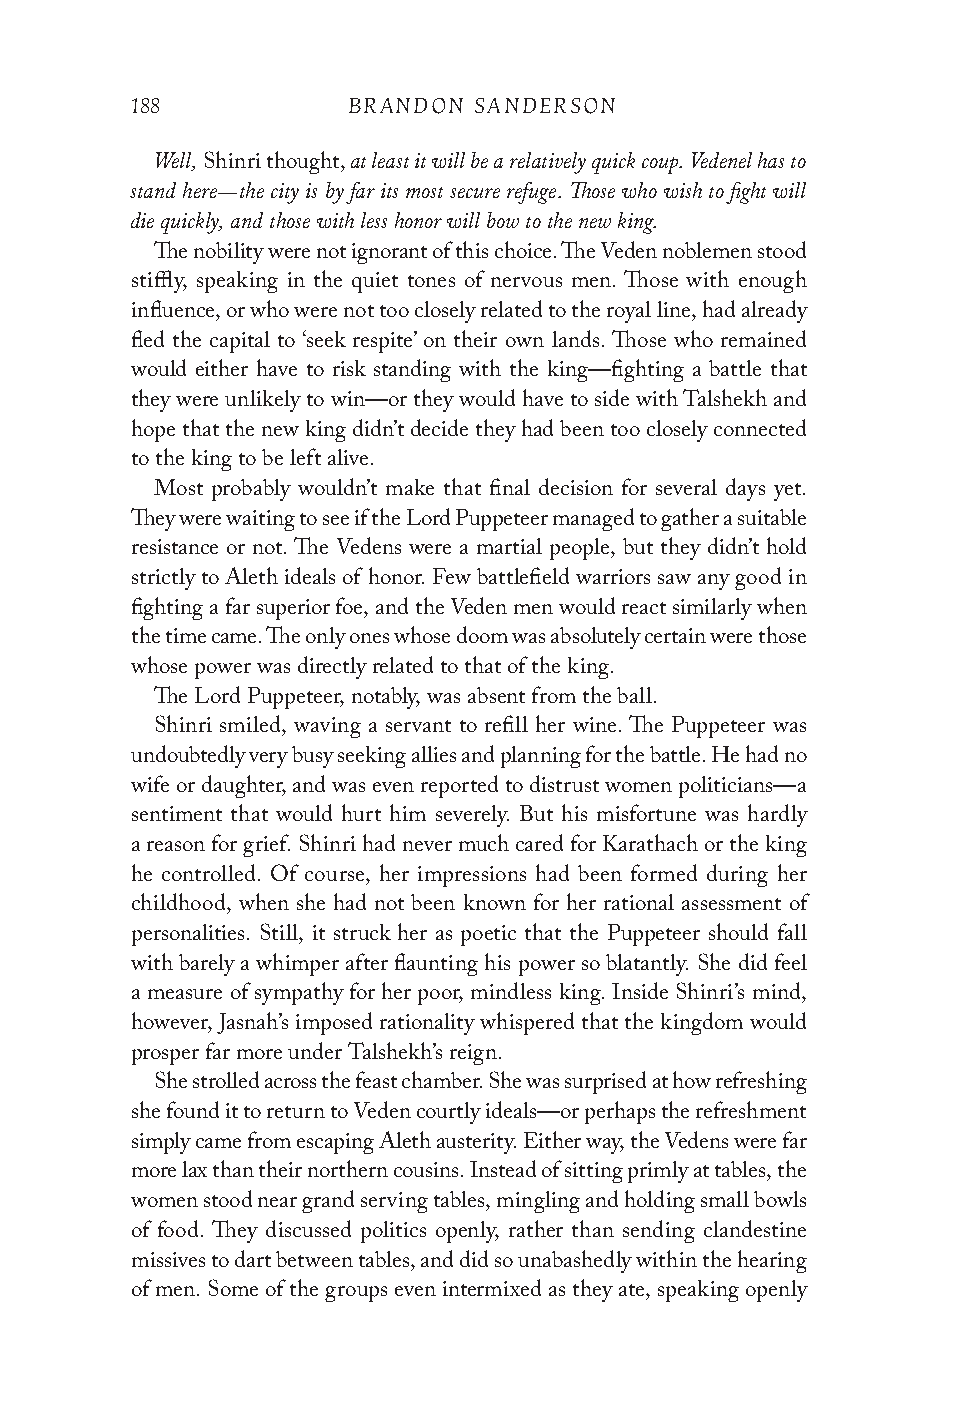
188           BRANDON SANDERSON
 Well,        at least it will be a relatively quick coup. Vedenel has to
 Shinri thought,
 stand here—the city is by far its most secure refuge. Those who wish to fight will
 die quickly, and those with less honor will bow to the new king.
 The nobility were not ignorant of this choice. The Veden noblemen stood
 stiffly, speaking in the quiet tones of nervous men. Those with enough
 influence, or who were not too closely related to the royal line, had already
 fled the capital to ‘seek respite’ on their own lands. Those who remained
 would either have to risk standing with the king—fighting a battle that
 they were unlikely to win—or they would have to side with Talshekh and
 hope that the new king didn’t decide they had been too closely connected
 to the king to be left alive.
 Most probably wouldn’t make that final decision for several days yet.
 They were waiting to see if the Lord Puppeteer managed to gather a suitable
 resistance or not. The Vedens were a martial people, but they didn’t hold
 strictly to Aleth ideals of honor. Few battlefield warriors saw any good in
 fighting a far superior foe, and the Veden men would react similarly when
 the time came. The only ones whose doom was absolutely certain were those
 whose power was directly related to that of the king.
 The Lord Puppeteer, notably, was absent from the ball.
 Shinri smiled, waving a servant to refill her wine. The Puppeteer was
 undoubtedly very busy seeking allies and planning for the battle. He had no
 wife or daughter, and was even reported to distrust women politicians—a
 sentiment that would hurt him severely. But his misfortune was hardly
 a reason for grief. Shinri had never much cared for Karathach or the king
 he controlled. Of course, her impressions had been formed during her
 childhood, when she had not been known for her rational assessment of
 personalities. Still, it struck her as poetic that the Puppeteer should fall
 with barely a whimper after flaunting his power so blatantly. She did feel
 a measure of sympathy for her poor, mindless king. Inside Shinri’s mind,
 however, Jasnah’s imposed rationality whispered that the kingdom would
 prosper far more under Talshekh’s reign.
 She strolled across the feast chamber. She was surprised at how refreshing
 she found it to return to Veden courtly ideals—or perhaps the refreshment
 simply came from escaping Aleth austerity. Either way, the Vedens were far
 more lax than their northern cousins. Instead of sitting primly at tables, the
 women stood near grand serving tables, mingling and holding small bowls
 of food. They discussed politics openly, rather than sending clandestine
 missives to dart between tables, and did so unabashedly within the hearing
 of men. Some of the groups even intermixed as they ate, speaking openly